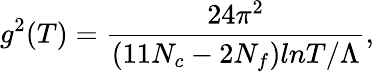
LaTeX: g^{2}(T)=\frac{24\pi^{2}}{(11N_{c}-2N_{f})lnT/\Lambda},